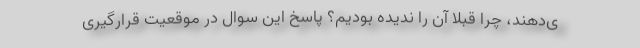
ی‌دهند، چرا قبلاً آن را ندیده بودیم؟ پاسخ این سوال در موقعیت قرارگیری